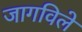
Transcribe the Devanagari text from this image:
जागविले